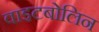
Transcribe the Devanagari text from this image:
वाइटबोलिन